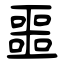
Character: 噩